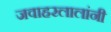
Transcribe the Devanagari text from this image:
जवाहरलालांनी